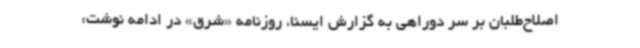
اصلاح‌طلبان بر سر دوراهی به گزارش ایسنا، روزنامه ‌«شرق» در ادامه نوشت: